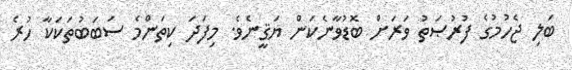
ބަލި ޖެހުމުގެ ފުރުޞަތު ވަރަށް ބޮޑުވާނެކަން ޔަޤީނެވެ. މިފަދަ ކިތަންމެ ސަބަބުތަކަކާ ހުރެ